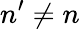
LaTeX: n^{\prime}\neq n